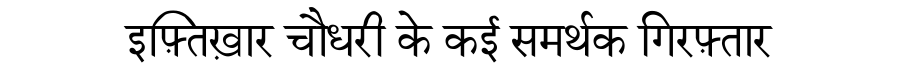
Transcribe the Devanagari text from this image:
इफ़्तिख़ार चौधरी के कई समर्थक गिरफ़्तार